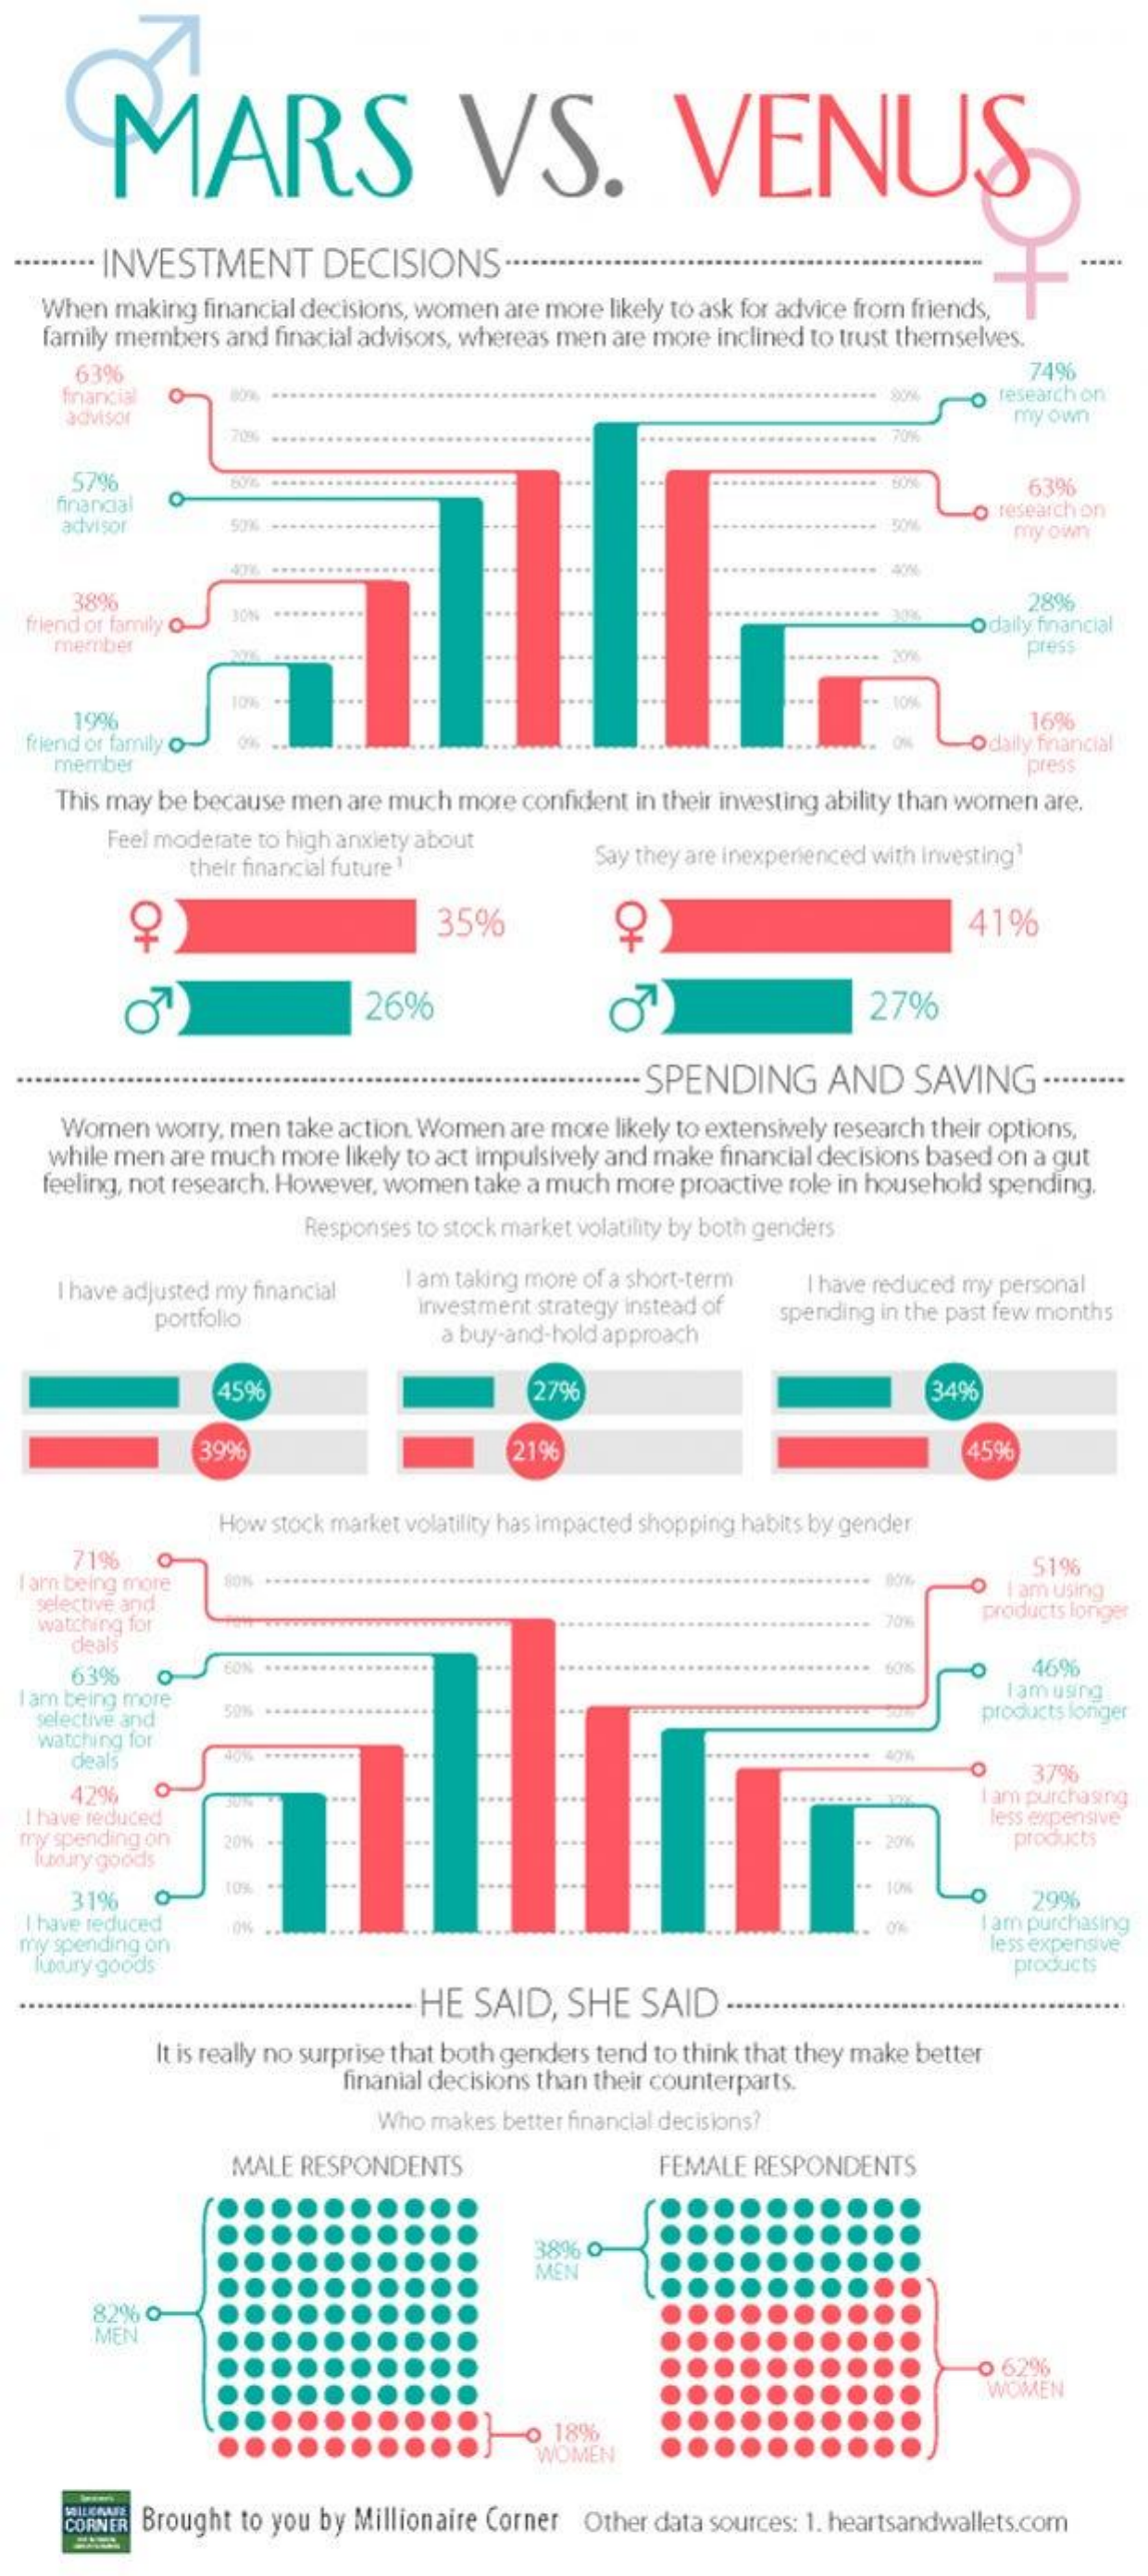
MARS    VS.    VENUS
     ·· INVESTMENT    DECISIONS    ··
   When  making financial decisions, women are more likely to ask for advice from friends,
   family members and finacial advisors, whereas men are more inclined to trust themselves.
     63%    74%
     financial    esearch on
     advisor    my own
     579%    ..................
     financial
     63%
     advisor    50%    DOM
     o research on
     my own
     389%    289%
  friend or family    Odaily financial
    member    press
     19%
     10%%    10%
     16%
  friend or family    ON    Odaily financial
    member    press
     This may be because men are much more confident in their investing ability than women are.
     Feel moderate to high anxiety about
     their financial future 1    Say they are inexperienced with Investing"
     O+    35%    O+    41%
     26%    27%
     - SPENDING    AND   SAVING    .........
     Women  worry, men take action. Women are more likely to extensively research their options,
    while men are much more likely to act impulsively and make financial decisions based on a gut
   feeling, not research. However, women take a much more proactive role in household spending.
     Responses to stock market volatility by both genders
     I have adjusted my financial I am taking more of a short-term
     portfolio    investment strategy instead of
     I have reduced my personal
     a buy-and-hold approach
     spending in the past few months
     45%    2796    34%
     3996    2196    45%
     How stock market volatility has impacted shopping habits by gender
     71%
  am being more    80%
     51%
   selective and
     Iam using
   watching for    70%    products longer
     deals
     63%    60% ***    46%
  I am being more    famusing
   selective and
     50%    products longer
   watching for
     deals
     ...
     42%
     O   37%
  I have reduced
     Tam purchasing
  my spending on
     less expensive
   luboury goods
     20%    20%    products
     31%
     10%    10%
  I have reduced
     29%
     I am purchasing
  my spending on
   luxury goods
     le'ss expensive
     products
     - HE SAID,  SHE   SAID
     It is really no surprise that both genders tend to think that they make better
     finanial decisions than their counterparts.
     Who makes better financial decisions?
     MALE RESPONDENTS    FEMALE RESPONDENTS
     386
     MEN
     82% O
     .MEN
     0 62%
     WOMEN
     0 18%
     WOMEN
     CORNER Brought to you by Millionaire Corner Other data sources: 1. heartsandwallets.com